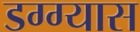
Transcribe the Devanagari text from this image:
डग्ग्यास